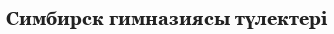
Симбирск гимназиясы түлектері